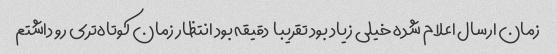
زمان ارسال اعلام شده خیلی زیاد بود تقریبا  دقیقه بود انتظار زمان کوتاه‌تری رو داشتم